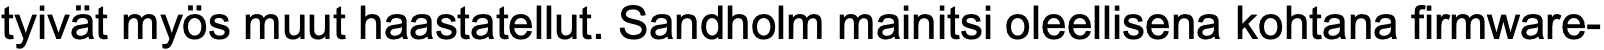
tyivät myös muut haastatellut. Sandholm mainitsi oleellisena kohtana firmware-